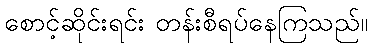
စောင့်ဆိုင်းရင်း တန်းစီရပ်နေကြသည်။